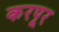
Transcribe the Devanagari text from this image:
करपूर